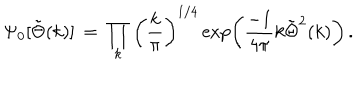
\Psi _ { 0 } [ \tilde { \Theta } ( k ) ] \, = \, \prod _ { k } \left( { \frac { k } { \pi } } \right) ^ { 1 / 4 } \exp \left( { \frac { - 1 } { 4 \pi } } k \tilde { \Theta } ^ { 2 } ( k ) \right) \, .